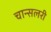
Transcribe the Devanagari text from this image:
चान्सलरी